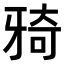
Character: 𤘌